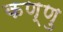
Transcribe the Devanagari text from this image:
कण्णु